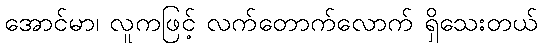
အောင်မာ၊ လူကဖြင့် လက်တောက်လောက် ရှိသေးတယ်